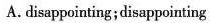
A.disappointing;disappointing